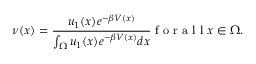
\nu ( x ) = \frac { u _ { 1 } ( x ) e ^ { - \beta V ( x ) } } { \int _ { \Omega } u _ { 1 } ( x ) e ^ { - \beta V ( x ) } d x } \textrm { f o r a l l } x \in \Omega .